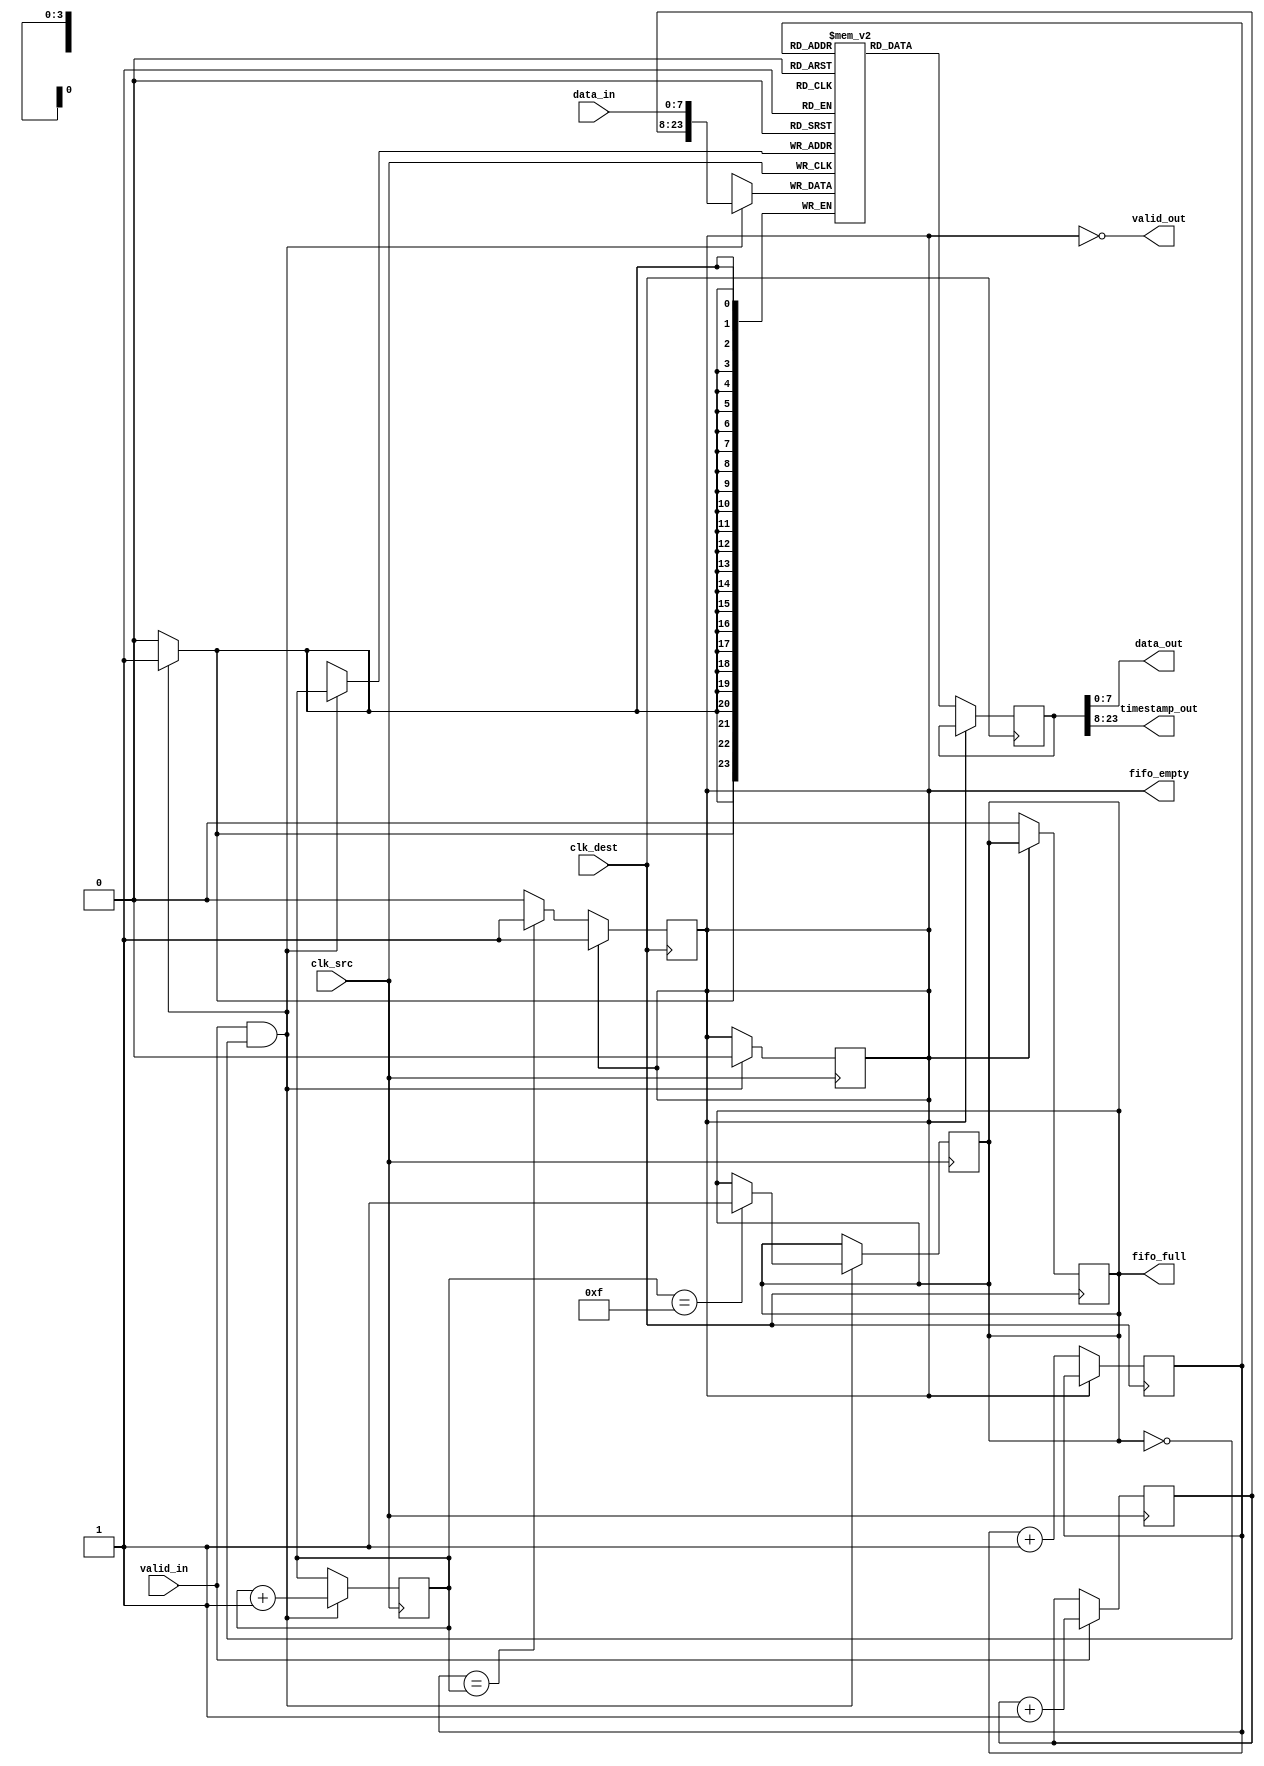
module TimeStampedSynchronizer #(
    parameter DATA_WIDTH = 8,
    parameter TIMESTAMP_WIDTH = 16,
    parameter FIFO_DEPTH = 16
)(
    input wire clk_src,                // Source clock
    input wire clk_dest,               // Destination clock
    input wire [DATA_WIDTH-1:0] data_in, // Data input
    input wire valid_in,               // Valid signal for data input
    output wire [DATA_WIDTH-1:0] data_out, // Data output
    output wire [TIMESTAMP_WIDTH-1:0] timestamp_out, // Timestamp output
    output wire valid_out,             // Valid signal for data output
    output wire fifo_full,             // FIFO full indicator
    output wire fifo_empty             // FIFO empty indicator
);

    // Timestamp Generator
    reg [TIMESTAMP_WIDTH-1:0] timestamp_counter = 0;

    always @(posedge clk_src) begin
        if (valid_in) begin
            timestamp_counter <= timestamp_counter + 1;
        end
    end

    // FIFO Buffer
    reg [DATA_WIDTH + TIMESTAMP_WIDTH - 1:0] fifo [0:FIFO_DEPTH-1];
    reg [3:0] write_pointer = 0;
    reg [3:0] read_pointer = 0;
    reg fifo_full_reg = 0;
    reg fifo_empty_reg = 1;

    assign fifo_full = fifo_full_reg;
    assign fifo_empty = fifo_empty_reg;

    // Write to FIFO
    always @(posedge clk_src) begin
        if (valid_in && !fifo_full_reg) begin
            fifo[write_pointer] <= {timestamp_counter, data_in};
            write_pointer <= write_pointer + 1;
            fifo_empty_reg <= 0; // FIFO is not empty after write
            if (write_pointer == FIFO_DEPTH - 1) begin
                fifo_full_reg <= 1; // FIFO is full
            end
        end
    end

    // Read from FIFO
    reg [DATA_WIDTH + TIMESTAMP_WIDTH - 1:0] fifo_data_out;
    always @(posedge clk_dest) begin
        if (!fifo_empty_reg) begin
            fifo_data_out <= fifo[read_pointer];
            read_pointer <= read_pointer + 1;
            fifo_full_reg <= 0; // FIFO is not full after read
            if (read_pointer == write_pointer) begin
                fifo_empty_reg <= 1; // FIFO is empty
            end
        end
    end

    // Output Module
    assign data_out = fifo_data_out[DATA_WIDTH-1:0];
    assign timestamp_out = fifo_data_out[DATA_WIDTH + TIMESTAMP_WIDTH - 1:DATA_WIDTH];
    assign valid_out = !fifo_empty_reg;

endmodule